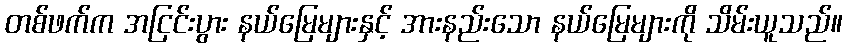
တစ်ဖက်က အငြင်းပွား နယ်မြေများနှင့် အားနည်းသော နယ်မြေများကို သိမ်းယူသည်။